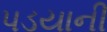
પડયાની